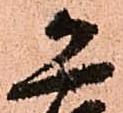
恐